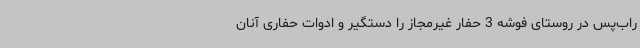
راب‌پس در روستای فوشه 3 حفار غیرمجاز را دستگیر و ادوات حفاری آنان